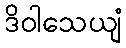
ဒိဝါသေယျံ